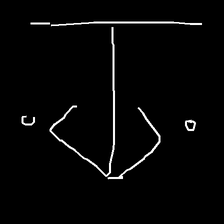
Glyph: earth